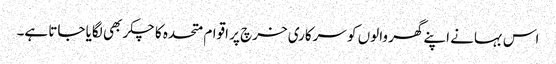
اس بہانے اپنے گھر والوں کو سرکاری خرچ پر اقوام متحدہ کا چکر بھی لگایا جاتا ہے۔